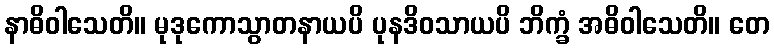
နာဓိဝါသေတိ။ မုဒုကောသွာတနာယပိ ပုနဒိဝသာယပိ ဘိက္ခံ အဓိဝါသေတိ။ တေ